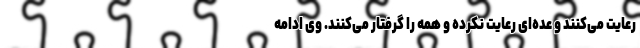
رعایت می‌کنند و عده‌ای رعایت نکرده و همه را گرفتار می‌کنند. وی ادامه